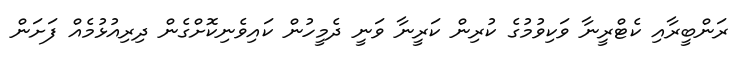
ރަންބީރާއި ކެޓްރީނާ ވަކިވުމުގެ ކުރިން ކަރީނާ ވަނީ ދެމީހުން ކައިވެނިކޮށްގެން ދިރިއުޅުމެއް ފަށަން